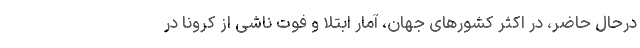
درحال حاضر، در اکثر کشورهای جهان، آمار ابتلا و فوت ناشی از کرونا در